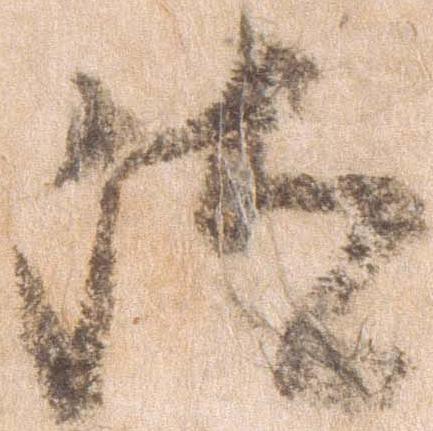
汰